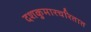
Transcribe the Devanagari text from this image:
दशकुमारचरितात